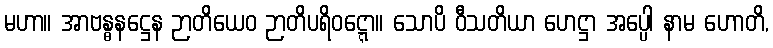
မဟာ။ အာဗန္ဓနဋ္ဌေန ဉာတိယေဝ ဉာတိပရိဝဋ္ဋော။ သောပိ ဝီသတိယာ ဟေဋ္ဌာ အပ္ပေါ နာမ ဟောတိ,